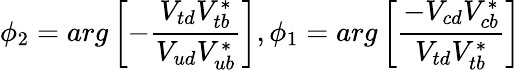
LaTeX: \phi_{2}=arg\left[-\frac{V_{td}V_{tb}^{\ast}}{V_{ud}V_{ub}^{\ast}}\right],\phi_{1}=arg\left[\frac{-V_{cd}V_{cb}^{\ast}}{V_{td}V_{tb}^{\ast}}\right]